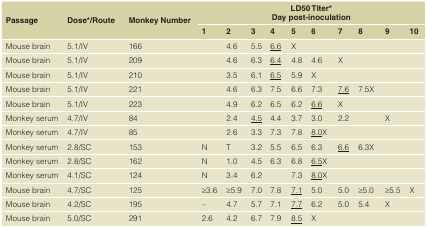
<table><thead><tr><td rowspan="2"><b>Passage</b></td><td rowspan="2"><b>Dose*/Route</b></td><td rowspan="2"><b>Monkey Number</b></td><td colspan="10"><b>LD50 Titer*Day post-inoculation</b></td></tr><tr><td><b>1</b></td><td><b>2</b></td><td><b>3</b></td><td><b>4</b></td><td><b>5</b></td><td><b>6</b></td><td><b>7</b></td><td><b>8</b></td><td><b>9</b></td><td><b>10</b></td></tr></thead><tbody><tr><td>Mouse brain</td><td>5.1/IV</td><td>166</td><td></td><td>4.6</td><td>5.5</td><td><underline>6.6</underline></td><td>X</td><td></td><td></td><td></td><td></td><td></td></tr><tr><td>Mouse brain</td><td>5.1/IV</td><td>209</td><td></td><td>4.6</td><td>6.3</td><td><underline>6.4</underline></td><td>4.8</td><td>4.6</td><td>X</td><td></td><td></td><td></td></tr><tr><td>Mouse brain</td><td>5.1/IV</td><td>210</td><td></td><td>3.5</td><td>6.1</td><td><underline>6.5</underline></td><td>5.9</td><td>X</td><td></td><td></td><td></td><td></td></tr><tr><td>Mouse brain</td><td>5.1/IV</td><td>221</td><td></td><td>4.6</td><td>6.3</td><td>7.5</td><td>6.6</td><td>7.3</td><td><underline>7.6</underline></td><td>7.5X</td><td></td><td></td></tr><tr><td>Mouse brain</td><td>5.1/IV</td><td>223</td><td></td><td>4.9</td><td>6.2</td><td>6.5</td><td>6.2</td><td><underline>6.6</underline></td><td>X</td><td></td><td></td><td></td></tr><tr><td>Monkey serum</td><td>4.7/IV</td><td>84</td><td></td><td>2.4</td><td><underline>4.5</underline></td><td>4.4</td><td>3.7</td><td>3.0</td><td>2.2</td><td></td><td>X</td><td></td></tr><tr><td>Monkey serum</td><td>4.7/IV</td><td>85</td><td></td><td>2.6</td><td>3.3</td><td>7.3</td><td>7.8</td><td><underline>8.0</underline>X</td><td></td><td></td><td></td><td></td></tr><tr><td>Monkey serum</td><td>2.8/SC</td><td>153</td><td>N</td><td>T</td><td>3.2</td><td>5.5</td><td>6.5</td><td>6.3</td><td><underline>6.6</underline></td><td>6.3X</td><td></td><td></td></tr><tr><td>Monkey serum</td><td>2.8/SC</td><td>162</td><td>N</td><td>1.0</td><td>4.5</td><td>6.3</td><td>6.8</td><td><underline>6.5</underline>X</td><td></td><td></td><td></td><td></td></tr><tr><td>Monkey serum</td><td>4.1/SC</td><td>124</td><td>N</td><td>3.4</td><td>6.2</td><td></td><td>7.3</td><td><underline>8.0</underline>X</td><td></td><td></td><td></td><td></td></tr><tr><td>Mouse brain</td><td>4.7/SC</td><td>125</td><td>≥3.6</td><td>≥5.9</td><td>7.0</td><td>7.8</td><td><underline>7.1</underline></td><td>5.0</td><td>5.0</td><td>≥5.0</td><td>≥5.5</td><td>X</td></tr><tr><td>Mouse brain</td><td>4.2/SC</td><td>195</td><td>–</td><td>4.7</td><td>5.7</td><td>7.1</td><td><underline>7.7</underline></td><td>6.2</td><td>5.0</td><td>5.4</td><td>X</td><td></td></tr><tr><td>Mouse brain</td><td>5.0/SC</td><td>291</td><td>2.6</td><td>4.2</td><td>6.7</td><td>7.9</td><td><underline>8.5</underline></td><td>X</td><td></td><td></td><td></td><td></td></tr></tbody></table>